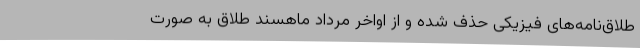
طلاق‌نامه‌های فیزیکی حذف شده‌ و از اواخر مرداد ماهسند طلاق به صورت